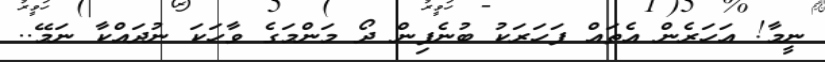
ނީމާ! އަހަރެން އެތައް ފަހަރަކު ބުނެފިން ދޯ މަންމަގެ ވާހަކަ ނުދައްކާ ނަމޭ..